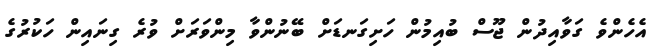
އެހެންވެ ގަވާއިދުން ޖޫސް ބުއިމުން ހަށިގަނޑަށް ބޭނުންވާ މިންވަރަށް ވުރެ ގިނައިން ހަކުރުގެ